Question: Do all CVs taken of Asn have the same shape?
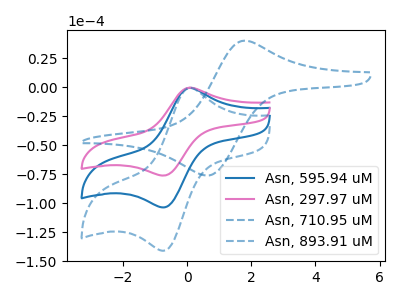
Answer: <think>The blue curve "Asn, 595.94 uM" has an anodic peak at (0.05V, -0.40uA) and a cathodic peak at (-0.70V, -103.55uA). The pink curve "Asn, 297.97 uM" has an anodic peak at (0.05V, -0.30uA) and a cathodic peak at (-0.70V, -76.05uA). The blue dashed curve "Asn, 710.95 uM" has an anodic peak at (1.70V, 40.05uA) and a cathodic peak at (0.65V, -76.05uA). The blue dashed curve "Asn, 893.91 uM" has an anodic peak at (0.05V, -0.80uA) and a cathodic peak at (-0.70V, -207.10uA).
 All the peaks in "Asn, 595.94 uM" have a peak in "Asn, 297.97 uM" at the same potential. "Asn, 595.94 uM" and "Asn, 710.95 uM" have at least one peak that do not match. All the peaks in "Asn, 595.94 uM" have a peak in "Asn, 893.91 uM" at the same potential. "Asn, 297.97 uM" and "Asn, 710.95 uM" have at least one peak that do not match. All the peaks in "Asn, 297.97 uM" have a peak in "Asn, 893.91 uM" at the same potential. "Asn, 710.95 uM" and "Asn, 893.91 uM" have at least one peak that do not match.</think>
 <answer>All the CV's of "Asn" have similar shape.</answer>
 <eval>follow_rule</eval>